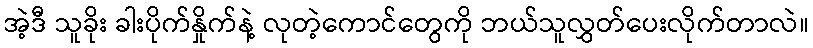
အဲ့ဒီ သူခိုး ခါးပိုက်နှိုက်နဲ့ လုတဲ့ကောင်တွေကို ဘယ်သူလွှတ်ပေးလိုက်တာလဲ။